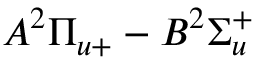
A ^ { 2 } \Pi _ { u + } - B ^ { 2 } \Sigma _ { u } ^ { + }